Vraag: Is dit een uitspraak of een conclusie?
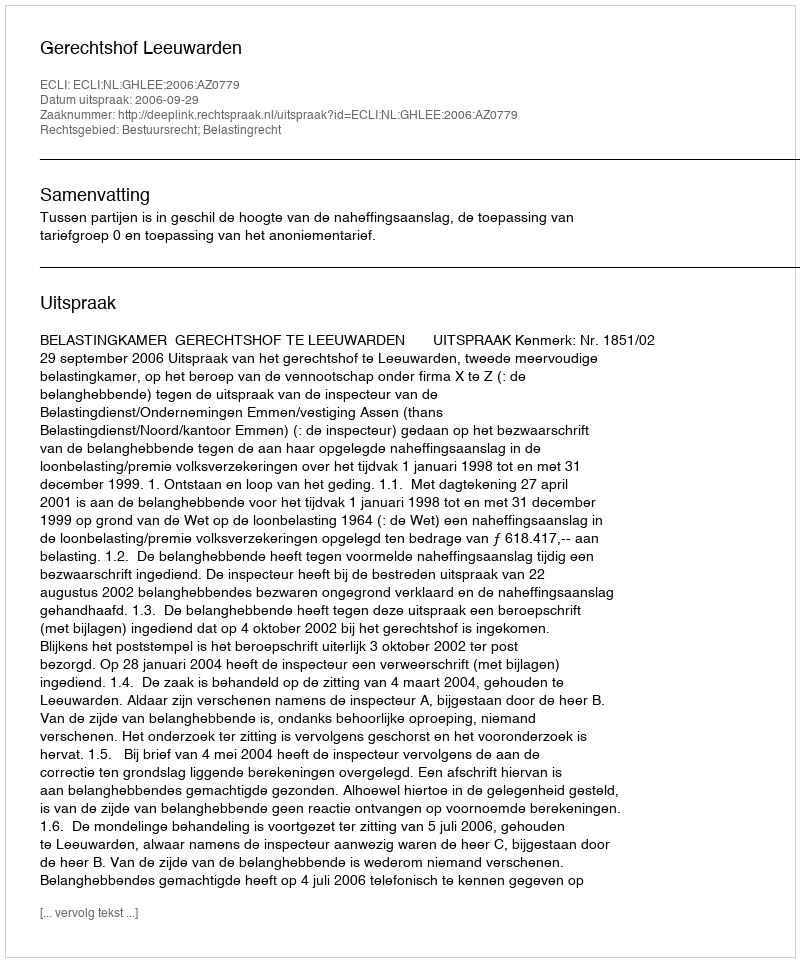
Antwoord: Uitspraak